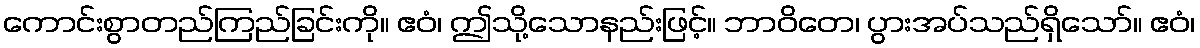
ကောင်းစွာတည်ကြည်ခြင်းကို။ ဧဝံ၊ ဤသို့သောနည်းဖြင့်။ ဘာဝိတေ၊ ပွားအပ်သည်ရှိသော်။ ဧဝံ၊